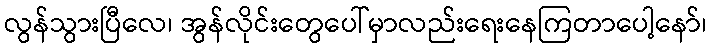
လွန်သွားပြီလေ၊ အွန်လိုင်းတွေပေါ်မှာလည်းရေးနေကြတာပေါ့နော်၊